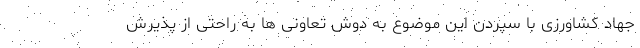
جهاد کشاورزی با سپردن این موضوع به دوش تعاونی ها به راحتی از پذیرش